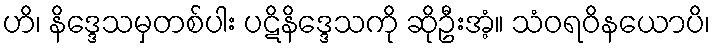
ဟိ၊ နိဒ္ဒေသမှတစ်ပါး ပဋိနိဒ္ဒေသကို ဆိုဦးအံ့။ သံဝရဝိနယောပိ၊